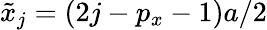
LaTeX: \tilde{x}_{j}=(2j-p_{x}-1)a/2